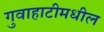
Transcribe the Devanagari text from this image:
गुवाहाटीमधील